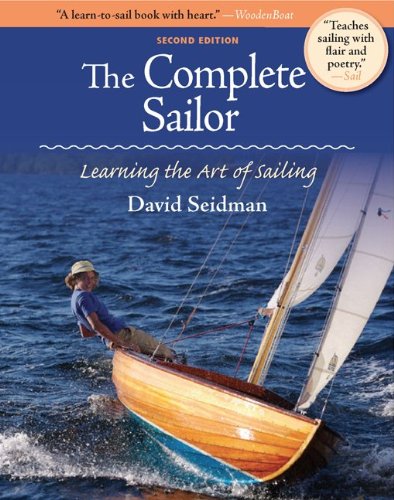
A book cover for The Complete Sailor, Second Edition; David Seidman; Sports & Outdoors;